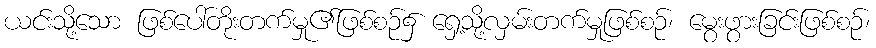
ယင်းသို့သော ဖြစ်ပေါ်တိုးတက်မှု၏ဖြစ်စဉ်၌ ရှေ့သို့လှမ်းတက်မှုဖြစ်စဉ်၊ မွေးဖွားခြင်းဖြစ်စဉ်၊